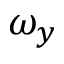
\omega _ { y }